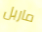
ماربل